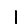
Digit: 1